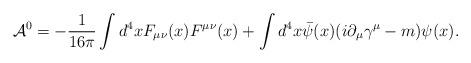
LaTeX: \begin{align*}{\cal A}^0 = -\frac{1}{16 \pi} \int d^4x F_{\mu\nu}(x) F^{\mu\nu}(x) +\int d^4x {\bar \psi}(x) (i \partial_\mu \gamma^\mu - m) \psi(x).\end{align*}